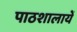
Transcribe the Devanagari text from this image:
पाठशालायें